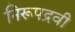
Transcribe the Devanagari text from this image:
निरूपद्रवी